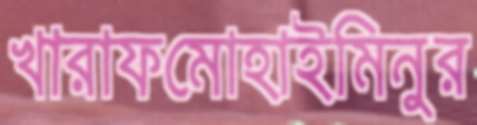
খারাফমোহাইমিনুর